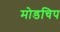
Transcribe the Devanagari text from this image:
मोडचिप